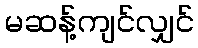
မဆန့်ကျင်လျှင်